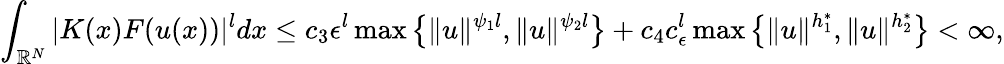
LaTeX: \int_{{\mathbb R}^{N}}|K(x)F(u(x))|^{l}dx\leq c_{3}{\epsilon}^{l}\operatorname*{max}\left\lbrace\| u\| ^{\psi_{1}l},\| u\| ^{\psi_{2}l}\right\rbrace+c_{4}c_{\epsilon}^{l}\operatorname*{max}\left\lbrace\| u\| ^{h_{1}^{*}},\| u\| ^{h_{2}^{*}}\right\rbrace<\infty,